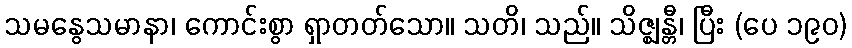
သမနွေသမာနာ၊ ကောင်းစွာ ရှာတတ်သော။ သတိ၊ သည်။ သိဇ္ဈန္တီ၊ ပြီး (ပေ ၁၉၀)